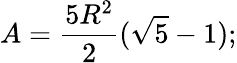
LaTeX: A={\frac{5R^{2}}{2}}({\sqrt{5}}-1);